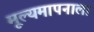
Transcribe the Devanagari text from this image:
मूल्यमापनाला